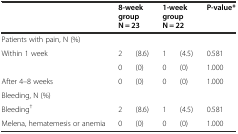
<table><thead><tr><td></td><td colspan="2"><b>8-week group N = 23</b></td><td colspan="2"><b>1-week group N = 22</b></td><td><b>P-value*</b></td></tr></thead><tbody><tr><td>Patients with pain, N (%)</td><td></td><td></td><td></td><td></td><td></td></tr><tr><td>Within 1 week</td><td>2</td><td>(8.6)</td><td>1</td><td>(4.5)</td><td>0.581</td></tr><tr><td></td><td>0</td><td>(0)</td><td>0</td><td>(0)</td><td>1.000</td></tr><tr><td>After 4–8 weeks</td><td>0</td><td>(0)</td><td>0</td><td>(0)</td><td>1.000</td></tr><tr><td>Bleeding, N (%)</td><td></td><td></td><td></td><td></td><td></td></tr><tr><td>Bleeding<sup>†</sup></td><td>2</td><td>(8.6)</td><td>1</td><td>(4.5)</td><td>0.581</td></tr><tr><td>Melena, hematemesis or anemia</td><td>0</td><td>(0)</td><td>0</td><td>(0)</td><td>1.000</td></tr></tbody></table>